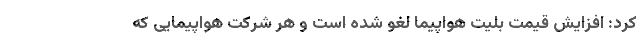
کرد: افزایش قیمت بلیت هواپیما لغو شده است و هر شرکت هواپیمایی که